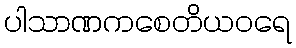
ပါသာဏကစေတိယဝရေ